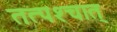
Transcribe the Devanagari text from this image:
तत्‍पश्‍चात्